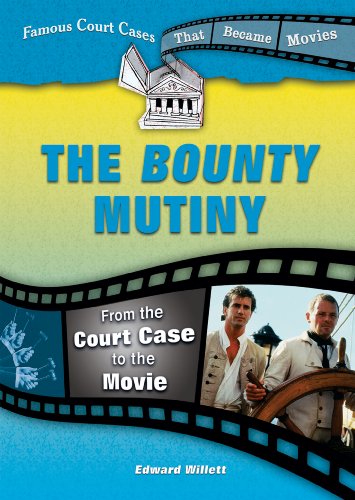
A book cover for The Bounty Mutiny: From the Court Case to the Movie (Famous Court Cases That Became Movies); Edward Willett; Teen & Young Adult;